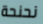
نحنحة